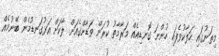
މިތަނުގައި ހަލާކުވެފައި ހުންނަ ގޮނޑިއެއް މަރާމާތު ކުރަން ވަޑާންގެއަށް ލާކަށް އަޅުގަނޑުމެން ބޭނުމެއް